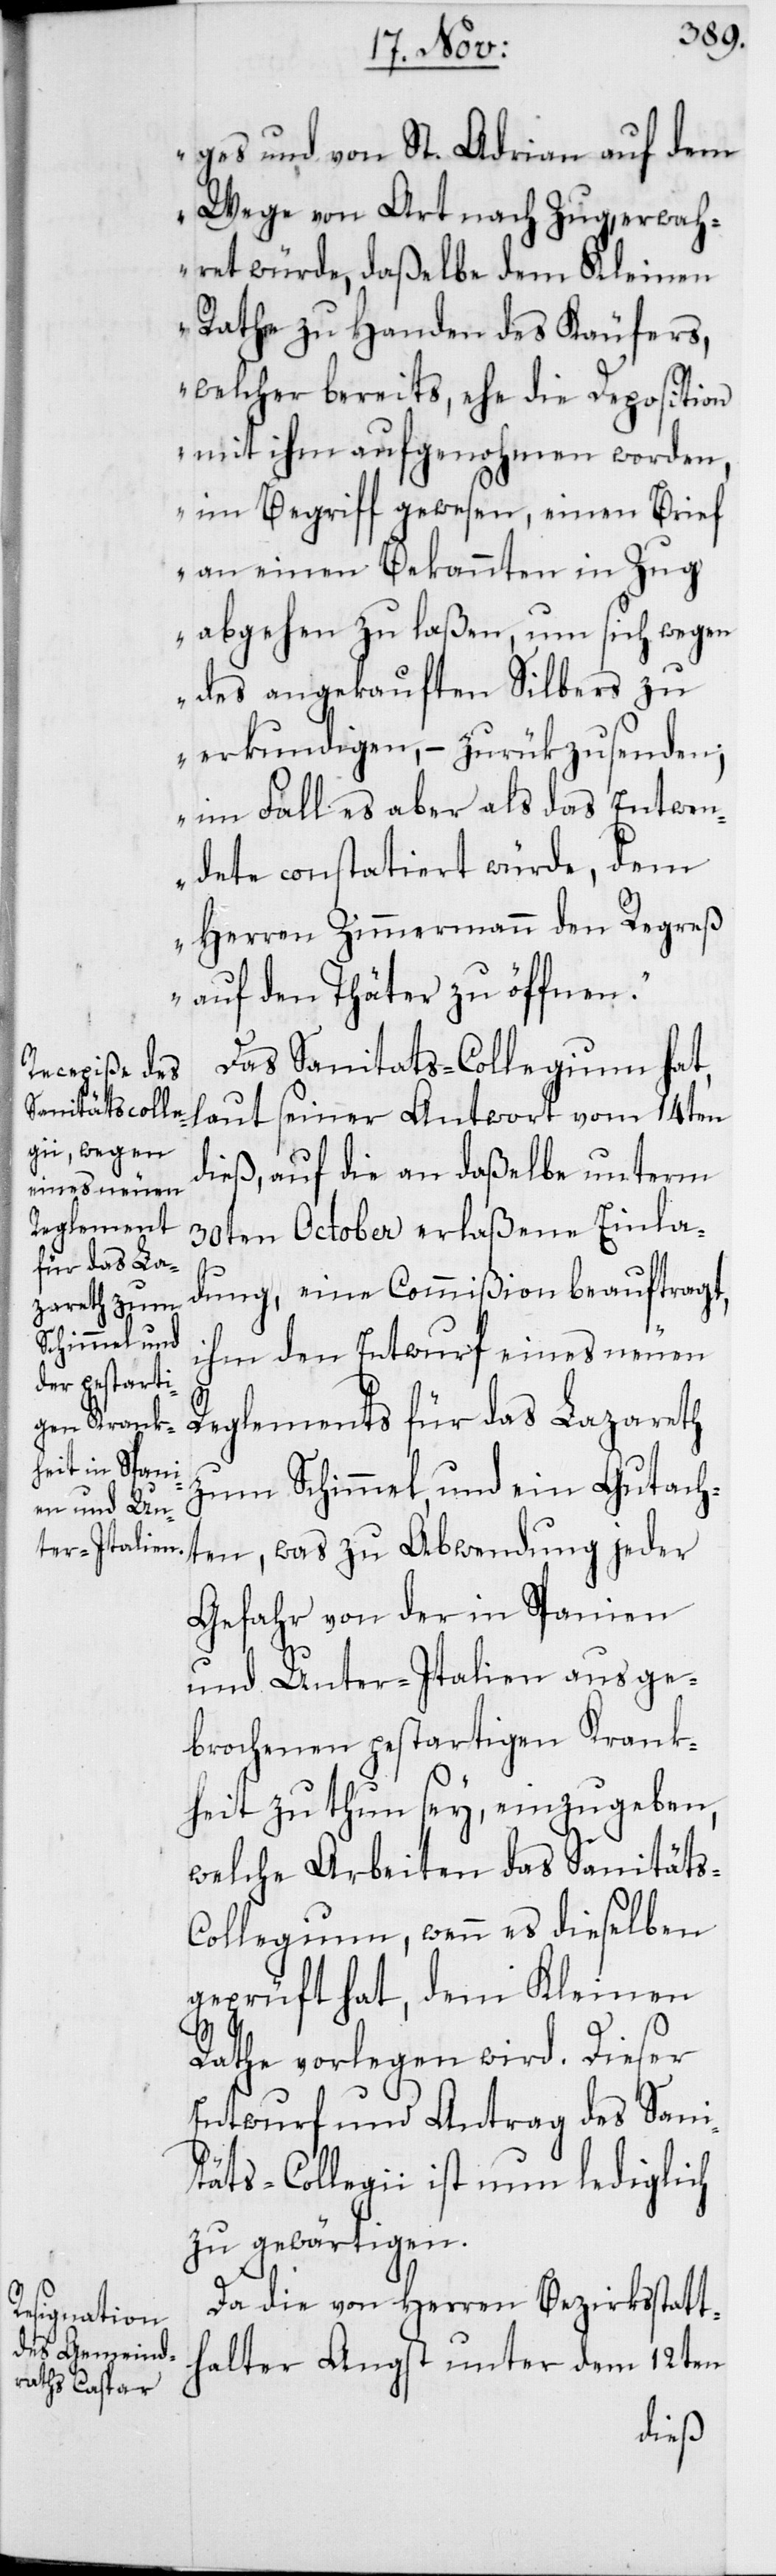
ges und von St. Adrian auf dem
Wege von Art nach Zug, erwah¬
ret würde, daßelbe dem Kleinen
Rathe zu Handen des Käufers,
welcher bereits, ehe die Deposition
mit ihm aufgenohmen worden,
im Begriff gewesen, einen Brief
an einen Bekannten in Zug
abgehen zu laßen, um sich wegen
des angekauften Silbers zu
erkundigen, – zurükzusenden;
im Fall es aber als das Entwen¬
dete constatiert würde, dem
Herren Zimmermann den Regreß
auf den Thäter zu öffnen“.
Das Sanitäts-Collegium hat,
laut seiner Antwort vom 14ten
dieß, auf die an daßelbe unterm
30ten October erlaßene Einla¬
dung, eine Commißion beauftragt,
ihm den Entwurf eines neuen
Reglements für das Lazareth
zum Schimmel, und ein Gutach¬
ten, was zu Abwendung jeder
Gefahr von der in Spanien
und Unter-Italien ausge¬
brochenen pestartigen Krank¬
heit zu thun sey, einzugeben,
welche Arbeiten das Sanitäts-C¬
ollegium, wenn es dieselben
geprüft hat, dem Keinen
Rathe vorlegen wird. Dieser
Entwurf und Antrag des Sani¬
täts-Collegii ist nun lediglich
zu gewärtigen.
Da die von Herren Bezirksstatt¬
halter Angst unter dem 12ten